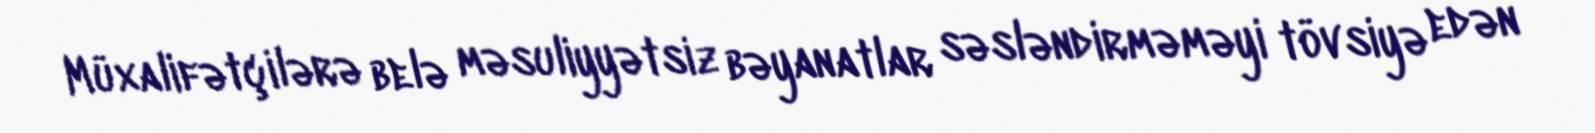
Müxalifətçilərə belə məsuliyyətsiz bəyanatlar səsləndirməməyi tövsiyə edən